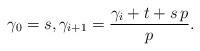
LaTeX: \begin{align*}\gamma_0=s,\gamma_{i+1}=\frac{\gamma_i+t+s\,p}{p}.\end{align*}